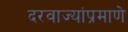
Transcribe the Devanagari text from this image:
दरवाज्यांप्रमाणे